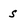
Character: s